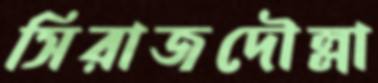
সিরাজদৌল্লা